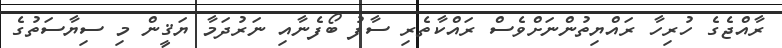
ރާއްޖެގެ ހުރިހާ ރައްޔިތުންނަށްވެސް ރައްކާތެރި ސާފު ބޯފެނާއި ނަރުދަމާ ޔަޤީން މި ސިޔާސަތުގެ